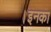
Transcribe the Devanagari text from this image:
।इनका